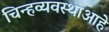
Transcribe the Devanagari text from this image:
चिन्हव्यवस्थाआहे